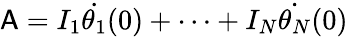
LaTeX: \mathsf{A}=I_{1}\dot{\theta_{1}}(0)+\cdots+I_{N}\dot{\theta_{N}}(0)